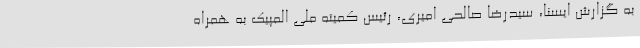
به گزارش ایسنا، سیدرضا صالحی امیری، رئیس کمیته ملی المپیک به همراه